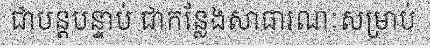
ជាបន្តបន្ទាប់ ជាកន្លែងសាធារណៈសម្រាប់